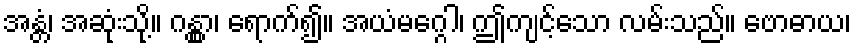
အန္တံ၊ အဆုံးသို့။ ဂန္တွာ၊ ရောက်၍။ အယံမဂ္ဂေါ၊ ဤကျင့်သော လမ်းသည်။ ဗောဓာယ၊